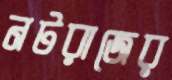
নটরাজের